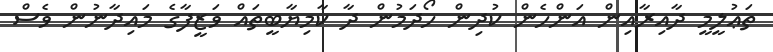
ތަޢުލީމީ ދާއިރާއިން އަންހެން ކުދިން ހޯދަމުން ދާ ކާމިޔާބީތައް ވަޒީފާގެ މައިދާނުން ވެސް